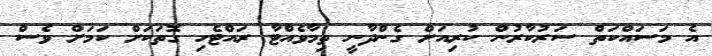
އެ މަސައްކަތް ސަރުކާރުން ކުރިއަށް ގެންދާނީ ތިމާވެއްޓާ ރައްޓެހި ގޮތަކަށް ކަމަށް ވެސް